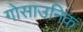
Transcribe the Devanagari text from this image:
गोसाउनिक